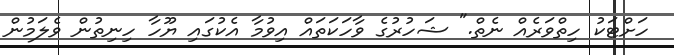
ހަށްޓަކު ހިތްވަރެއް ނެތް." ޝަހުރުގެ ވާހަކަތައް އިވުމާ އެކުގައި ޔޫހާ ހިނިތުން ވެލަމުން